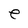
Character: e